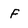
Character: f